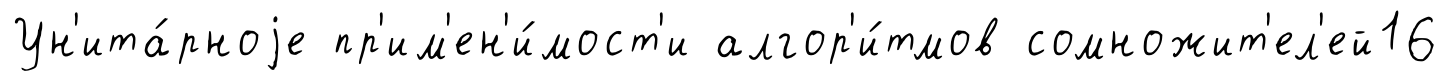
Ун'ита́рноjе пр'им'ен'и́мост'и алгор'и́тмов сомножит'ел'ей16